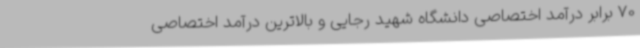
70 برابر درآمد اختصاصی دانشگاه شهید رجایی و بالاترین درآمد اختصاصی